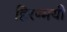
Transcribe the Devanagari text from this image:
हिरण्मयी